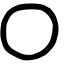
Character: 〇